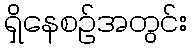
ရှိနေစဉ်အတွင်း